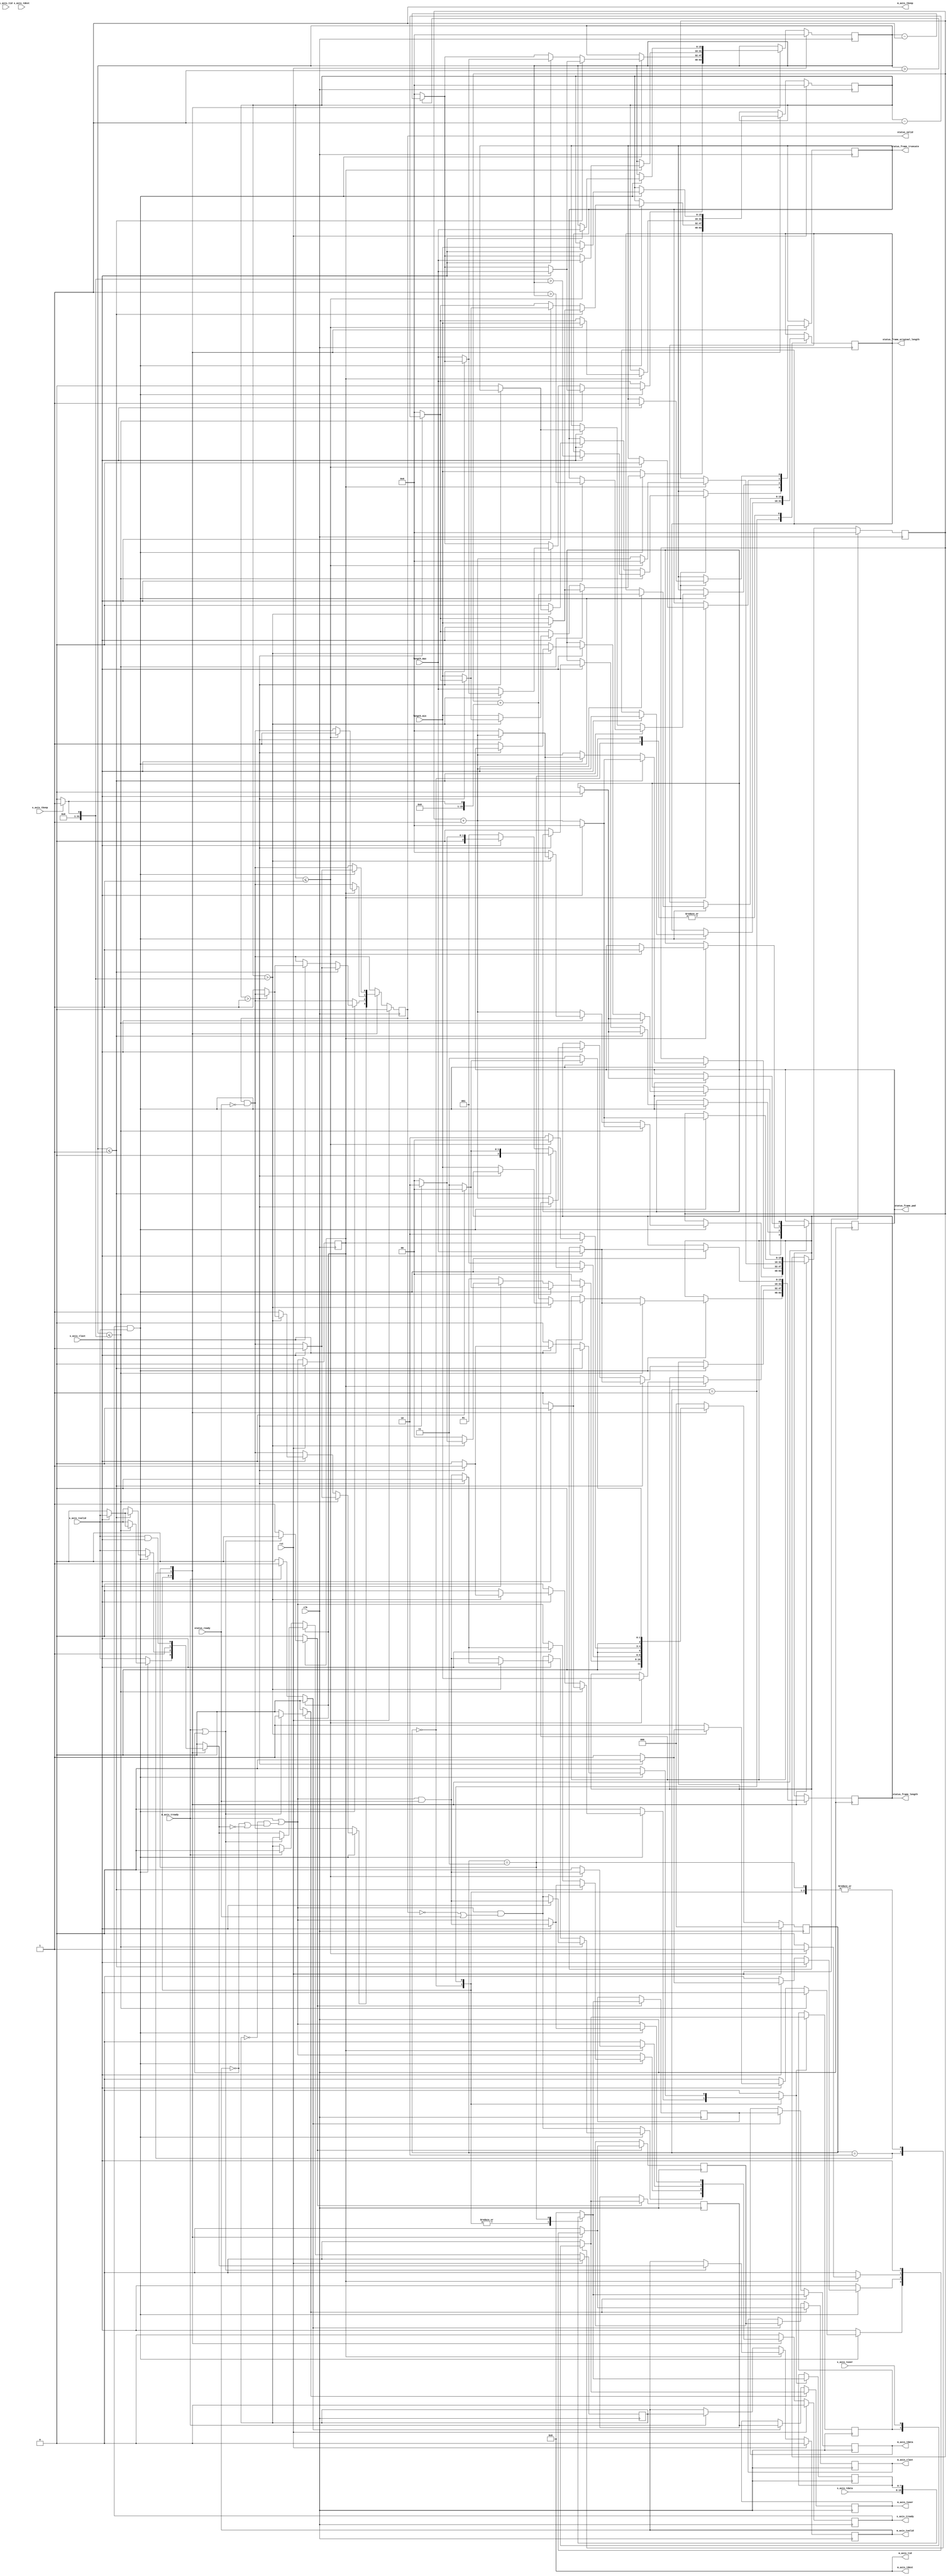
/*

Copyright (c) 2015-2018 Alex Forencich

Permission is hereby granted, free of charge, to any person obtaining a copy
of this software and associated documentation files (the "Software"), to deal
in the Software without restriction, including without limitation the rights
to use, copy, modify, merge, publish, distribute, sublicense, and/or sell
copies of the Software, and to permit persons to whom the Software is
furnished to do so, subject to the following conditions:

The above copyright notice and this permission notice shall be included in
all copies or substantial portions of the Software.

THE SOFTWARE IS PROVIDED "AS IS", WITHOUT WARRANTY OF ANY KIND, EXPRESS OR
IMPLIED, INCLUDING BUT NOT LIMITED TO THE WARRANTIES OF MERCHANTABILITY
FITNESS FOR A PARTICULAR PURPOSE AND NONINFRINGEMENT. IN NO EVENT SHALL THE
AUTHORS OR COPYRIGHT HOLDERS BE LIABLE FOR ANY CLAIM, DAMAGES OR OTHER
LIABILITY, WHETHER IN AN ACTION OF CONTRACT, TORT OR OTHERWISE, ARISING FROM,
OUT OF OR IN CONNECTION WITH THE SOFTWARE OR THE USE OR OTHER DEALINGS IN
THE SOFTWARE.

*/

// Language: Verilog 2001

`timescale 1ns / 1ps

/*
 * AXI4-Stream frame length adjuster
 */
module axis_frame_length_adjust #
(
    // Width of AXI stream interfaces in bits
    parameter DATA_WIDTH = 8,
    // Propagate tkeep signal
    // If disabled, tkeep assumed to be 1'b1
    parameter KEEP_ENABLE = (DATA_WIDTH>8),
    // tkeep signal width (words per cycle)
    parameter KEEP_WIDTH = (DATA_WIDTH/8),
    // Propagate tid signal
    parameter ID_ENABLE = 0,
    // tid signal width
    parameter ID_WIDTH = 8,
    // Propagate tdest signal
    parameter DEST_ENABLE = 0,
    // tdest signal width
    parameter DEST_WIDTH = 8,
    // Propagate tuser signal
    parameter USER_ENABLE = 1,
    // tuser signal width
    parameter USER_WIDTH = 1
)
(
    input  wire                   clk,
    input  wire                   rst,

    /*
     * AXI input
     */
    input  wire [DATA_WIDTH-1:0]  s_axis_tdata,
    input  wire [KEEP_WIDTH-1:0]  s_axis_tkeep,
    input  wire                   s_axis_tvalid,
    output wire                   s_axis_tready,
    input  wire                   s_axis_tlast,
    input  wire [ID_WIDTH-1:0]    s_axis_tid,
    input  wire [DEST_WIDTH-1:0]  s_axis_tdest,
    input  wire [USER_WIDTH-1:0]  s_axis_tuser,

    /*
     * AXI output
     */
    output wire [DATA_WIDTH-1:0]  m_axis_tdata,
    output wire [KEEP_WIDTH-1:0]  m_axis_tkeep,
    output wire                   m_axis_tvalid,
    input  wire                   m_axis_tready,
    output wire                   m_axis_tlast,
    output wire [ID_WIDTH-1:0]    m_axis_tid,
    output wire [DEST_WIDTH-1:0]  m_axis_tdest,
    output wire [USER_WIDTH-1:0]  m_axis_tuser,

    /*
     * Status
     */
    output wire                   status_valid,
    input  wire                   status_ready,
    output wire                   status_frame_pad,
    output wire                   status_frame_truncate,
    output wire [15:0]            status_frame_length,
    output wire [15:0]            status_frame_original_length,

    /*
     * Configuration
     */
    input  wire [15:0]            length_min,
    input  wire [15:0]            length_max
);

// bus word width
localparam DATA_WORD_WIDTH = DATA_WIDTH / KEEP_WIDTH;

// bus width assertions
initial begin
    if (DATA_WORD_WIDTH * KEEP_WIDTH != DATA_WIDTH) begin
        $error("Error: data width not evenly divisble (instance %m)");
        $finish;
    end
end

// state register
localparam [2:0]
    STATE_IDLE = 3'd0,
    STATE_TRANSFER = 3'd1,
    STATE_PAD = 3'd2,
    STATE_TRUNCATE = 3'd3;

reg [2:0] state_reg = STATE_IDLE, state_next;

// datapath control signals
reg store_last_word;

reg [15:0] frame_ptr_reg = 16'd0, frame_ptr_next;

reg [DATA_WIDTH-1:0] s_axis_tdata_masked;

// frame length counters
reg [15:0] short_counter_reg = 16'd0, short_counter_next = 16'd0;
reg [15:0] long_counter_reg = 16'd0, long_counter_next = 16'd0;

reg [DATA_WIDTH-1:0] last_word_data_reg = {DATA_WIDTH{1'b0}};
reg [KEEP_WIDTH-1:0] last_word_keep_reg = {KEEP_WIDTH{1'b0}};
reg [ID_WIDTH-1:0]   last_word_id_reg   = {ID_WIDTH{1'b0}};
reg [DEST_WIDTH-1:0] last_word_dest_reg = {DEST_WIDTH{1'b0}};
reg [USER_WIDTH-1:0] last_word_user_reg = {USER_WIDTH{1'b0}};

reg status_valid_reg = 1'b0, status_valid_next;
reg status_frame_pad_reg = 1'b0, status_frame_pad_next;
reg status_frame_truncate_reg = 1'b0, status_frame_truncate_next;
reg [15:0] status_frame_length_reg = 16'd0, status_frame_length_next;
reg [15:0] status_frame_original_length_reg = 16'd0, status_frame_original_length_next;

// internal datapath
reg  [DATA_WIDTH-1:0] m_axis_tdata_int;
reg  [KEEP_WIDTH-1:0] m_axis_tkeep_int;
reg                   m_axis_tvalid_int;
reg                   m_axis_tready_int_reg = 1'b0;
reg                   m_axis_tlast_int;
reg  [ID_WIDTH-1:0]   m_axis_tid_int;
reg  [DEST_WIDTH-1:0] m_axis_tdest_int;
reg  [USER_WIDTH-1:0] m_axis_tuser_int;
wire                  m_axis_tready_int_early;

reg s_axis_tready_reg = 1'b0, s_axis_tready_next;
assign s_axis_tready = s_axis_tready_reg;

assign status_valid = status_valid_reg;
assign status_frame_pad = status_frame_pad_reg;
assign status_frame_truncate = status_frame_truncate_reg;
assign status_frame_length = status_frame_length_reg;
assign status_frame_original_length = status_frame_original_length_reg;

integer i, word_cnt;

always @* begin
    state_next = STATE_IDLE;

    store_last_word = 1'b0;

    frame_ptr_next = frame_ptr_reg;

    short_counter_next = short_counter_reg;
    long_counter_next = long_counter_reg;

    m_axis_tdata_int  = {DATA_WIDTH{1'b0}};
    m_axis_tkeep_int  = {KEEP_WIDTH{1'b0}};
    m_axis_tvalid_int = 1'b0;
    m_axis_tlast_int  = 1'b0;
    m_axis_tid_int    = {ID_WIDTH{1'b0}};
    m_axis_tdest_int  = {DEST_WIDTH{1'b0}};
    m_axis_tuser_int  = {USER_WIDTH{1'b0}};

    s_axis_tready_next = 1'b0;

    status_valid_next = status_valid_reg && !status_ready;
    status_frame_pad_next = status_frame_pad_reg;
    status_frame_truncate_next = status_frame_truncate_reg;
    status_frame_length_next = status_frame_length_reg;
    status_frame_original_length_next = status_frame_original_length_reg;

    if (KEEP_ENABLE) begin
        for (i = 0; i < KEEP_WIDTH; i = i + 1) begin
            s_axis_tdata_masked[i*DATA_WORD_WIDTH +: DATA_WORD_WIDTH] = s_axis_tkeep[i] ? s_axis_tdata[i*DATA_WORD_WIDTH +: DATA_WORD_WIDTH] : {DATA_WORD_WIDTH{1'b0}};
        end
    end else begin
        s_axis_tdata_masked = s_axis_tdata;
    end

    case (state_reg)
        STATE_IDLE: begin
            // idle state
            // accept data next cycle if output register ready next cycle
            s_axis_tready_next = m_axis_tready_int_early && (!status_valid_reg || status_ready);

            m_axis_tdata_int = s_axis_tdata_masked;
            m_axis_tkeep_int = s_axis_tkeep;
            m_axis_tvalid_int = s_axis_tvalid;
            m_axis_tlast_int = s_axis_tlast;
            m_axis_tid_int = s_axis_tid;
            m_axis_tdest_int = s_axis_tdest;
            m_axis_tuser_int = s_axis_tuser;

            short_counter_next = length_min;
            long_counter_next = length_max;

            if (s_axis_tready && s_axis_tvalid) begin
                // transfer through
                word_cnt = 0;
                for (i = 0; i <= KEEP_WIDTH; i = i + 1) begin
                    //bit_cnt = bit_cnt + monitor_axis_tkeep[i];
                    if (s_axis_tkeep == ({KEEP_WIDTH{1'b1}}) >> (KEEP_WIDTH-i)) word_cnt = i;
                end
                frame_ptr_next = frame_ptr_reg+KEEP_WIDTH;

                if (short_counter_reg > KEEP_WIDTH) begin
                    short_counter_next = short_counter_reg - KEEP_WIDTH;
                end else begin
                    short_counter_next = 16'd0;
                end

                if (long_counter_reg > KEEP_WIDTH) begin
                    long_counter_next = long_counter_reg - KEEP_WIDTH;
                end else begin
                    long_counter_next = 16'd0;
                end

                if (long_counter_reg <= word_cnt) begin
                    m_axis_tkeep_int = ({KEEP_WIDTH{1'b1}}) >> (KEEP_WIDTH-long_counter_reg);
                    if (s_axis_tlast) begin
                        status_valid_next = 1'b1;
                        status_frame_pad_next = 1'b0;
                        status_frame_truncate_next = word_cnt > long_counter_reg;
                        status_frame_length_next = length_max;
                        status_frame_original_length_next = frame_ptr_reg+word_cnt;
                        s_axis_tready_next = m_axis_tready_int_early && status_ready;
                        frame_ptr_next = 16'd0;
                        short_counter_next = length_min;
                        long_counter_next = length_max;
                        state_next = STATE_IDLE;
                    end else begin
                        m_axis_tvalid_int = 1'b0;
                        store_last_word = 1'b1;
                        state_next = STATE_TRUNCATE;
                    end
                end else begin
                    if (s_axis_tlast) begin
                        status_frame_original_length_next = frame_ptr_reg+word_cnt;
                        if (short_counter_reg > word_cnt) begin
                            if (short_counter_reg > KEEP_WIDTH) begin
                                frame_ptr_next = frame_ptr_reg + KEEP_WIDTH;
                                s_axis_tready_next = 1'b0;
                                m_axis_tkeep_int = {KEEP_WIDTH{1'b1}};
                                m_axis_tlast_int = 1'b0;
                                store_last_word = 1'b1;
                                state_next = STATE_PAD;
                            end else begin
                                status_valid_next = 1'b1;
                                status_frame_pad_next = 1'b1;
                                status_frame_truncate_next = 1'b0;
                                status_frame_length_next = length_min;
                                s_axis_tready_next = m_axis_tready_int_early && status_ready;
                                m_axis_tkeep_int = ({KEEP_WIDTH{1'b1}}) >> (KEEP_WIDTH-(length_min - frame_ptr_reg));
                                frame_ptr_next = 16'd0;
                                short_counter_next = length_min;
                                long_counter_next = length_max;
                                state_next = STATE_IDLE;
                            end
                        end else begin
                            status_valid_next = 1'b1;
                            status_frame_pad_next = 1'b0;
                            status_frame_truncate_next = 1'b0;
                            status_frame_length_next = frame_ptr_reg+word_cnt;
                            status_frame_original_length_next = frame_ptr_reg+word_cnt;
                            s_axis_tready_next = m_axis_tready_int_early && status_ready;
                            frame_ptr_next = 16'd0;
                            short_counter_next = length_min;
                            long_counter_next = length_max;
                            state_next = STATE_IDLE;
                        end
                    end else begin
                        state_next = STATE_TRANSFER;
                    end
                end
            end else begin
                state_next = STATE_IDLE;
            end
        end
        STATE_TRANSFER: begin
            // transfer data
            // accept data next cycle if output register ready next cycle
            s_axis_tready_next = m_axis_tready_int_early;

            m_axis_tdata_int = s_axis_tdata_masked;
            m_axis_tkeep_int = s_axis_tkeep;
            m_axis_tvalid_int = s_axis_tvalid;
            m_axis_tlast_int = s_axis_tlast;
            m_axis_tid_int = s_axis_tid;
            m_axis_tdest_int = s_axis_tdest;
            m_axis_tuser_int = s_axis_tuser;

            if (s_axis_tready && s_axis_tvalid) begin
                // transfer through
                word_cnt = 1;
                for (i = 1; i <= KEEP_WIDTH; i = i + 1) begin
                    //bit_cnt = bit_cnt + monitor_axis_tkeep[i];
                    if (s_axis_tkeep == ({KEEP_WIDTH{1'b1}}) >> (KEEP_WIDTH-i)) word_cnt = i;
                end
                frame_ptr_next = frame_ptr_reg+KEEP_WIDTH;

                if (short_counter_reg > KEEP_WIDTH) begin
                    short_counter_next = short_counter_reg - KEEP_WIDTH;
                end else begin
                    short_counter_next = 16'd0;
                end

                if (long_counter_reg > KEEP_WIDTH) begin
                    long_counter_next = long_counter_reg - KEEP_WIDTH;
                end else begin
                    long_counter_next = 16'd0;
                end

                if (long_counter_reg <= word_cnt) begin
                    m_axis_tkeep_int = ({KEEP_WIDTH{1'b1}}) >> (KEEP_WIDTH-long_counter_reg);
                    if (s_axis_tlast) begin
                        status_valid_next = 1'b1;
                        status_frame_pad_next = 1'b0;
                        status_frame_truncate_next = word_cnt > long_counter_reg;
                        status_frame_length_next = length_max;
                        status_frame_original_length_next = frame_ptr_reg+word_cnt;
                        s_axis_tready_next = m_axis_tready_int_early && status_ready;
                        frame_ptr_next = 16'd0;
                        short_counter_next = length_min;
                        long_counter_next = length_max;
                        state_next = STATE_IDLE;
                    end else begin
                        m_axis_tvalid_int = 1'b0;
                        store_last_word = 1'b1;
                        state_next = STATE_TRUNCATE;
                    end
                end else begin
                    if (s_axis_tlast) begin
                        status_frame_original_length_next = frame_ptr_reg+word_cnt;
                        if (short_counter_reg > word_cnt) begin
                            if (short_counter_reg > KEEP_WIDTH) begin
                                frame_ptr_next = frame_ptr_reg + KEEP_WIDTH;
                                s_axis_tready_next = 1'b0;
                                m_axis_tkeep_int = {KEEP_WIDTH{1'b1}};
                                m_axis_tlast_int = 1'b0;
                                store_last_word = 1'b1;
                                state_next = STATE_PAD;
                            end else begin
                                status_valid_next = 1'b1;
                                status_frame_pad_next = 1'b1;
                                status_frame_truncate_next = 1'b0;
                                status_frame_length_next = length_min;
                                s_axis_tready_next = m_axis_tready_int_early && status_ready;
                                m_axis_tkeep_int = ({KEEP_WIDTH{1'b1}}) >> (KEEP_WIDTH-short_counter_reg);
                                frame_ptr_next = 16'd0;
                                short_counter_next = length_min;
                                long_counter_next = length_max;
                                state_next = STATE_IDLE;
                            end
                        end else begin
                            status_valid_next = 1'b1;
                            status_frame_pad_next = 1'b0;
                            status_frame_truncate_next = 1'b0;
                            status_frame_length_next = frame_ptr_reg+word_cnt;
                            status_frame_original_length_next = frame_ptr_reg+word_cnt;
                            s_axis_tready_next = m_axis_tready_int_early && status_ready;
                            frame_ptr_next = 16'd0;
                            short_counter_next = length_min;
                            long_counter_next = length_max;
                            state_next = STATE_IDLE;
                        end
                    end else begin
                        state_next = STATE_TRANSFER;
                    end
                end
            end else begin
                state_next = STATE_TRANSFER;
            end
        end
        STATE_PAD: begin
            // pad to minimum length
            s_axis_tready_next = 1'b0;

            m_axis_tdata_int = {DATA_WIDTH{1'b0}};
            m_axis_tkeep_int = {KEEP_WIDTH{1'b1}};
            m_axis_tvalid_int = 1'b1;
            m_axis_tlast_int = 1'b0;
            m_axis_tid_int = last_word_id_reg;
            m_axis_tdest_int = last_word_dest_reg;
            m_axis_tuser_int = last_word_user_reg;

            if (m_axis_tready_int_reg) begin
                frame_ptr_next = frame_ptr_reg + KEEP_WIDTH;

                if (short_counter_reg > KEEP_WIDTH) begin
                    short_counter_next = short_counter_reg - KEEP_WIDTH;
                end else begin
                    short_counter_next = 16'd0;
                end

                if (long_counter_reg > KEEP_WIDTH) begin
                    long_counter_next = long_counter_reg - KEEP_WIDTH;
                end else begin
                    long_counter_next = 16'd0;
                end

                if (short_counter_reg <= KEEP_WIDTH) begin
                    status_valid_next = 1'b1;
                    status_frame_pad_next = 1'b1;
                    status_frame_truncate_next = 1'b0;
                    status_frame_length_next = length_min;
                    s_axis_tready_next = m_axis_tready_int_early && status_ready;
                    m_axis_tkeep_int = ({KEEP_WIDTH{1'b1}}) >> (KEEP_WIDTH-short_counter_reg);
                    m_axis_tlast_int = 1'b1;
                    frame_ptr_next = 16'd0;
                    short_counter_next = length_min;
                    long_counter_next = length_max;
                    state_next = STATE_IDLE;
                end else begin
                    state_next = STATE_PAD;
                end
            end else begin
                state_next = STATE_PAD;
            end
        end
        STATE_TRUNCATE: begin
            // drop after maximum length
            s_axis_tready_next = m_axis_tready_int_early;

            m_axis_tdata_int = last_word_data_reg;
            m_axis_tkeep_int = last_word_keep_reg;
            m_axis_tvalid_int = s_axis_tvalid && s_axis_tlast;
            m_axis_tlast_int = s_axis_tlast;
            m_axis_tid_int = last_word_id_reg;
            m_axis_tdest_int = last_word_dest_reg;
            m_axis_tuser_int = s_axis_tuser;

            if (s_axis_tready && s_axis_tvalid) begin
                word_cnt = 0;
                for (i = 0; i <= KEEP_WIDTH; i = i + 1) begin
                    //bit_cnt = bit_cnt + monitor_axis_tkeep[i];
                    if (s_axis_tkeep == ({KEEP_WIDTH{1'b1}}) >> (KEEP_WIDTH-i)) word_cnt = i;
                end
                frame_ptr_next = frame_ptr_reg+KEEP_WIDTH;

                if (s_axis_tlast) begin
                    status_valid_next = 1'b1;
                    status_frame_pad_next = 1'b0;
                    status_frame_truncate_next = 1'b1;
                    status_frame_length_next = length_max;
                    status_frame_original_length_next = frame_ptr_reg+word_cnt;
                    s_axis_tready_next = m_axis_tready_int_early && status_ready;
                    frame_ptr_next = 16'd0;
                    short_counter_next = length_min;
                    long_counter_next = length_max;
                    state_next = STATE_IDLE;
                end else begin
                    state_next = STATE_TRUNCATE;
                end
            end else begin
                state_next = STATE_TRUNCATE;
            end
        end
    endcase
end

always @(posedge clk) begin
    if (rst) begin
        state_reg <= STATE_IDLE;
        frame_ptr_reg <= 16'd0;
        short_counter_reg <= 16'd0;
        long_counter_reg <= 16'd0;
        s_axis_tready_reg <= 1'b0;
        status_valid_reg <= 1'b0;
    end else begin
        state_reg <= state_next;

        frame_ptr_reg <= frame_ptr_next;

        short_counter_reg <= short_counter_next;
        long_counter_reg <= long_counter_next;

        s_axis_tready_reg <= s_axis_tready_next;

        status_valid_reg <= status_valid_next;
    end

    status_frame_pad_reg <= status_frame_pad_next;
    status_frame_truncate_reg <= status_frame_truncate_next;
    status_frame_length_reg <= status_frame_length_next;
    status_frame_original_length_reg <= status_frame_original_length_next;

    if (store_last_word) begin
        last_word_data_reg <= m_axis_tdata_int;
        last_word_keep_reg <= m_axis_tkeep_int;
        last_word_id_reg   <= m_axis_tid_int;
        last_word_dest_reg <= m_axis_tdest_int;
        last_word_user_reg <= m_axis_tuser_int;
    end
end

// output datapath logic
reg [DATA_WIDTH-1:0] m_axis_tdata_reg  = {DATA_WIDTH{1'b0}};
reg [KEEP_WIDTH-1:0] m_axis_tkeep_reg  = {KEEP_WIDTH{1'b0}};
reg                  m_axis_tvalid_reg = 1'b0, m_axis_tvalid_next;
reg                  m_axis_tlast_reg  = 1'b0;
reg [ID_WIDTH-1:0]   m_axis_tid_reg    = {ID_WIDTH{1'b0}};
reg [DEST_WIDTH-1:0] m_axis_tdest_reg  = {DEST_WIDTH{1'b0}};
reg [USER_WIDTH-1:0] m_axis_tuser_reg  = {USER_WIDTH{1'b0}};

reg [DATA_WIDTH-1:0] temp_m_axis_tdata_reg  = {DATA_WIDTH{1'b0}};
reg [KEEP_WIDTH-1:0] temp_m_axis_tkeep_reg  = {KEEP_WIDTH{1'b0}};
reg                  temp_m_axis_tvalid_reg = 1'b0, temp_m_axis_tvalid_next;
reg                  temp_m_axis_tlast_reg  = 1'b0;
reg [ID_WIDTH-1:0]   temp_m_axis_tid_reg    = {ID_WIDTH{1'b0}};
reg [DEST_WIDTH-1:0] temp_m_axis_tdest_reg  = {DEST_WIDTH{1'b0}};
reg [USER_WIDTH-1:0] temp_m_axis_tuser_reg  = {USER_WIDTH{1'b0}};

// datapath control
reg store_axis_int_to_output;
reg store_axis_int_to_temp;
reg store_axis_temp_to_output;

assign m_axis_tdata  = m_axis_tdata_reg;
assign m_axis_tkeep  = KEEP_ENABLE ? m_axis_tkeep_reg : {KEEP_WIDTH{1'b1}};
assign m_axis_tvalid = m_axis_tvalid_reg;
assign m_axis_tlast  = m_axis_tlast_reg;
assign m_axis_tid    = ID_ENABLE   ? m_axis_tid_reg   : {ID_WIDTH{1'b0}};
assign m_axis_tdest  = DEST_ENABLE ? m_axis_tdest_reg : {DEST_WIDTH{1'b0}};
assign m_axis_tuser  = USER_ENABLE ? m_axis_tuser_reg : {USER_WIDTH{1'b0}};

// enable ready input next cycle if output is ready or the temp reg will not be filled on the next cycle (output reg empty or no input)
assign m_axis_tready_int_early = m_axis_tready || (!temp_m_axis_tvalid_reg && (!m_axis_tvalid_reg || !m_axis_tvalid_int));

always @* begin
    // transfer sink ready state to source
    m_axis_tvalid_next = m_axis_tvalid_reg;
    temp_m_axis_tvalid_next = temp_m_axis_tvalid_reg;

    store_axis_int_to_output = 1'b0;
    store_axis_int_to_temp = 1'b0;
    store_axis_temp_to_output = 1'b0;

    if (m_axis_tready_int_reg) begin
        // input is ready
        if (m_axis_tready || !m_axis_tvalid_reg) begin
            // output is ready or currently not valid, transfer data to output
            m_axis_tvalid_next = m_axis_tvalid_int;
            store_axis_int_to_output = 1'b1;
        end else begin
            // output is not ready, store input in temp
            temp_m_axis_tvalid_next = m_axis_tvalid_int;
            store_axis_int_to_temp = 1'b1;
        end
    end else if (m_axis_tready) begin
        // input is not ready, but output is ready
        m_axis_tvalid_next = temp_m_axis_tvalid_reg;
        temp_m_axis_tvalid_next = 1'b0;
        store_axis_temp_to_output = 1'b1;
    end
end

always @(posedge clk) begin
    if (rst) begin
        m_axis_tvalid_reg <= 1'b0;
        m_axis_tready_int_reg <= 1'b0;
        temp_m_axis_tvalid_reg <= 1'b0;
    end else begin
        m_axis_tvalid_reg <= m_axis_tvalid_next;
        m_axis_tready_int_reg <= m_axis_tready_int_early;
        temp_m_axis_tvalid_reg <= temp_m_axis_tvalid_next;
    end

    // datapath
    if (store_axis_int_to_output) begin
        m_axis_tdata_reg <= m_axis_tdata_int;
        m_axis_tkeep_reg <= m_axis_tkeep_int;
        m_axis_tlast_reg <= m_axis_tlast_int;
        m_axis_tid_reg   <= m_axis_tid_int;
        m_axis_tdest_reg <= m_axis_tdest_int;
        m_axis_tuser_reg <= m_axis_tuser_int;
    end else if (store_axis_temp_to_output) begin
        m_axis_tdata_reg <= temp_m_axis_tdata_reg;
        m_axis_tkeep_reg <= temp_m_axis_tkeep_reg;
        m_axis_tlast_reg <= temp_m_axis_tlast_reg;
        m_axis_tid_reg   <= temp_m_axis_tid_reg;
        m_axis_tdest_reg <= temp_m_axis_tdest_reg;
        m_axis_tuser_reg <= temp_m_axis_tuser_reg;
    end

    if (store_axis_int_to_temp) begin
        temp_m_axis_tdata_reg <= m_axis_tdata_int;
        temp_m_axis_tkeep_reg <= m_axis_tkeep_int;
        temp_m_axis_tlast_reg <= m_axis_tlast_int;
        temp_m_axis_tid_reg   <= m_axis_tid_int;
        temp_m_axis_tdest_reg <= m_axis_tdest_int;
        temp_m_axis_tuser_reg <= m_axis_tuser_int;
    end
end

endmodule